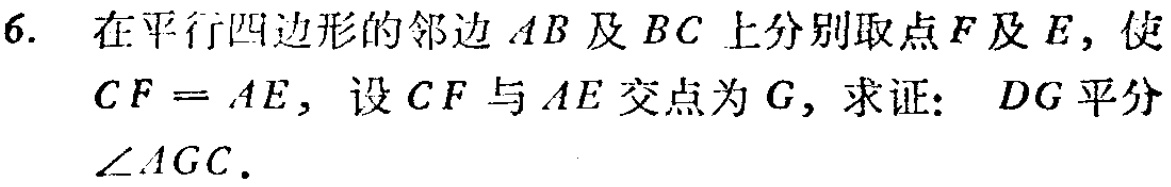
6. 在平行四边形的邻边\(AB\)及\(BC\)上分别取点\(F\)及\(E\)，使\(CF = AE\)，设\(CF\)与\(AE\)交点为\(G\)，求证：\(DG\)平分\(\angle AGC\).